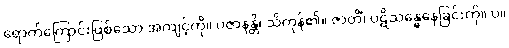
ရောက်ကြောင်းဖြစ်သော အကျင့်ကို။ ပဇာနန္တိ၊ သိကုန်၏။ ဇာတိံ၊ ပဋိသန္ဓေနေခြင်းကို။ ပ။